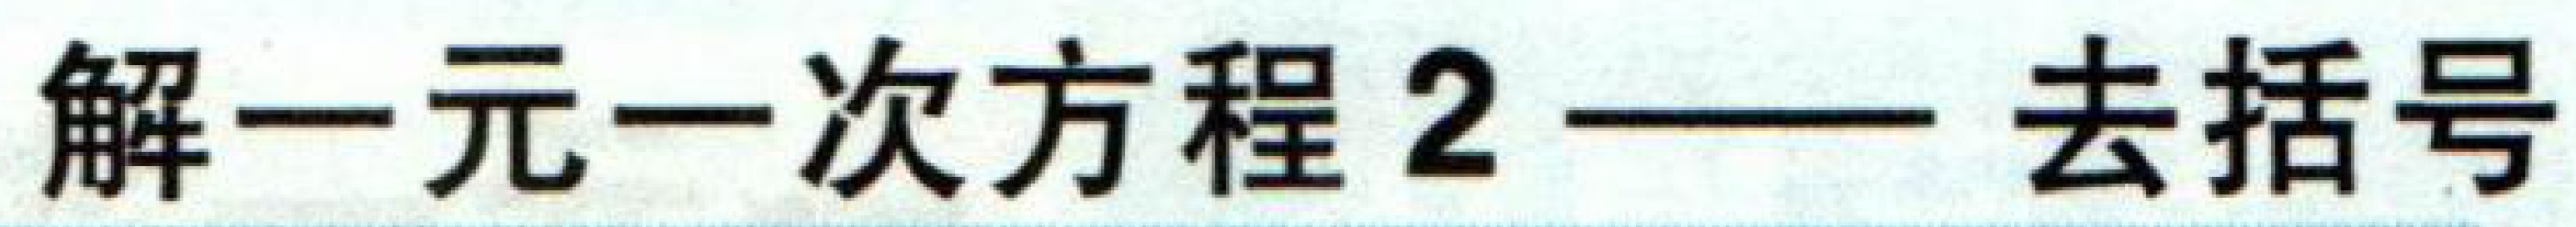
解一元一次方程2——去括号